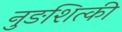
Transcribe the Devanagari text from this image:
नुङशित्की